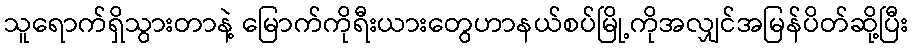
သူရောက်ရှိသွားတာနဲ့ မြောက်ကိုရီးယားတွေဟာနယ်စပ်မြို့ကိုအလျှင်အမြန်ပိတ်ဆို့ပြီး